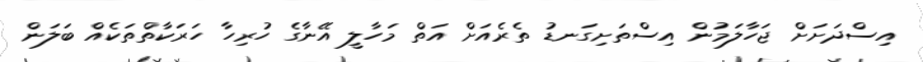
އިސްދަށަށް ޖަހާލަމުން އިސްތަށިގަނޑު ތެެެރެއަށް އަތް މަހާލީ އޭނާގެ ހުރިހާ ހަރަކާތްތަކެއް ބަލަން